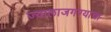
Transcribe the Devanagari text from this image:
ज्यालाजगण्याचा